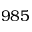
9 8 5